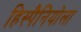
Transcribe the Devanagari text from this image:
हिस्पैनियोला